Regulations for the medical services of the Army of India
Year: 1930
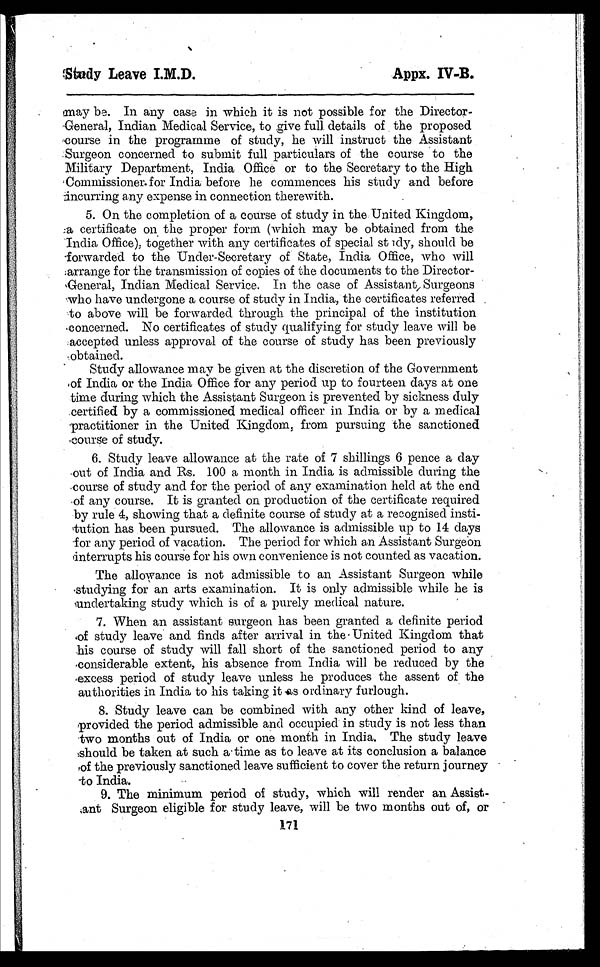
Study Leave I.M.D.
Appx. IV-B.
may be In any case in which it is not possible for the Director-
General, Indian Medical Service, to give full. details of the proposed
course in the programme of study, he will instruct the Assistant
.Surgeon concerned to submit full particulars of the course to the
Military Department, India Office or to the Secretary to the High
Commissioner. for India before he commences his study and before
incurring any expense in connection therewith.
5. On the completion of a course of study in the United Kingdom,
certificate on the proper form (which may be obtained from the
India Office), together with any certificates of special st idy, should be
forwarded to the Under-Secretary of State, India Office, who will
:arrange for the transmission of copies of the documents to the Director-
General, Indian Medical Service. In the case of Assistant, Surgeons
who have undergone a course of study in India, the certificates referred
to above will be forwarded through the principal of the institution
concerned. No certificates of study qualifying for study leave will be
accepted unless approval of the course of study has been previously
obtained.
Study allowance may be given at the discretion of the Government
of India or the India Office for any period up to fourteen days at one
time during which the Assistant Surgeon is prevented by sickness duly
.certified by a commissioned medical officer in India or by a medical
practitioner in the United Kingdom, from pursuing the sanctioned
course of study.
6. Study leave allowance at the rate of 7 shillings 6 pence a clay
out of India and Rs. 100 a month in India is admissible during the
course of study and for the period of any examination held at the end
of any course. It is granted on production of the certificate required
by rule 4, showing that a definite course of study at a recognised insti-
tution has been pursued. The allowance is admissible up to 14 days
for any period of vacation. The period for which an Assistant Surgeon
interrupts his course for his own convenience is not counted as vacation.
The allowance is not admissible to an Assistant Surgeon while
studying for an arts examination. It is only admissible while he is
undertaking study which is of a purely medical nature.
7. When an assistant surgeon has been granted a definite period
of study leave and finds after arrival in the United Kingdom that
his course of study will fall short of the sanctioned period to any
considerable extent, his absence from India will be reduced by the
excess period of study leave unless he produces the assent of the
authorities in India to his taking it as ordinary furlough.
8. Study leave can be combined with any other kind of leave,
provided the period admissible and occupied in study is not less than
two months out of India or one month in India. The study leave
should be taken at such a time as to leave at its conclusion a balance
of the previously sanctioned leave sufficient to cover the return journey
to India.
9. The minimum period of study, which will render an Assist-
ant Surgeon eligible for study leave, will be two months out of, or
171